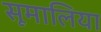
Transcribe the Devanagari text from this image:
सूमालिया